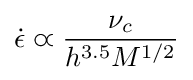
{\dot {\epsilon }}\varpropto {\frac {\nu _{c}}{h^{3.5}M^{1/2}}}